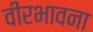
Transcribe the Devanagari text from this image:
वीरभावना